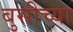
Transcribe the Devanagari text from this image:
बुसीच्या